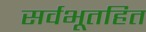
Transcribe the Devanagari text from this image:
सर्वभूतहित